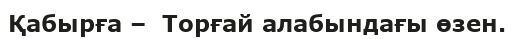
Қабырға –  Торғай алабындағы өзен.